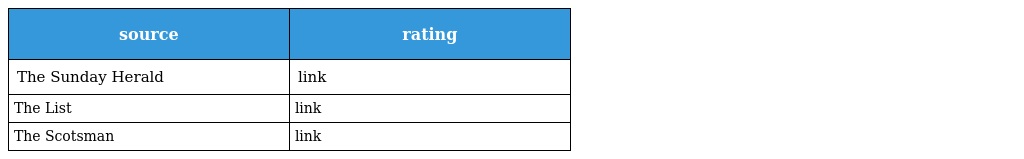
| source | rating |
 | --- | --- |
 | The Sunday Herald | link |
 | The List | link |
 | The Scotsman | link |